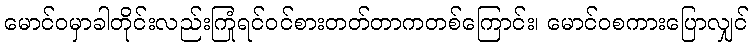
မောင်ဝမှာခါတိုင်းလည်းကြုံရင်ဝင်စားတတ်တာကတစ်ကြောင်း၊ မောင်ဝစကားပြောလျှင်